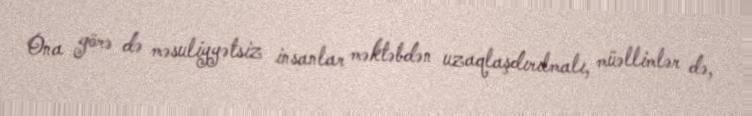
Ona görə də məsuliyyətsiz insanlar məktəbdən uzaqlaşdırılmalı, müəllimlər də,